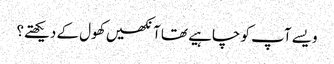
ویسے آپ کو چاہیے تھا آنکھیں کھول کے دیکھتے؟